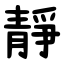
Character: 靜